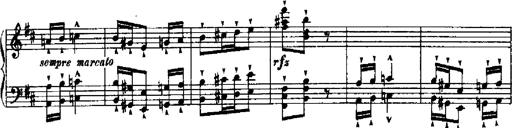
Title: RÃ©miniscences de Robert le diable
Composer: Franz Liszt